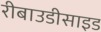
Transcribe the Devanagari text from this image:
रीबाउडीसाइड